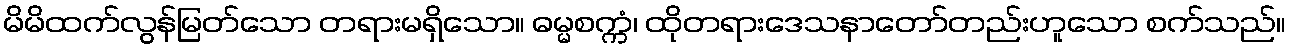
မိမိထက်လွန်မြတ်သော တရားမရှိသော။ ဓမ္မစက္ကံ၊ ထိုတရားဒေသနာတော်တည်းဟူသော စက်သည်။